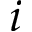
i